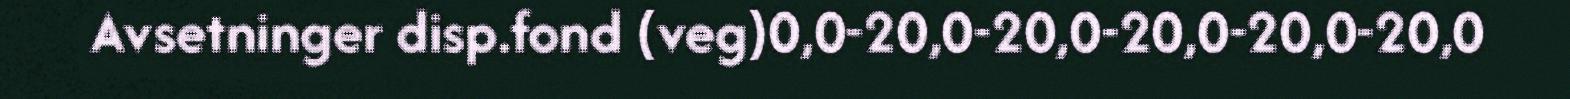
Avsetninger disp.fond (veg)0,0-20,0-20,0-20,0-20,0-20,0